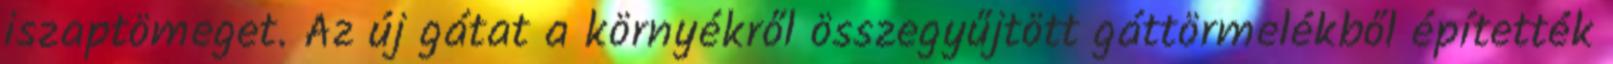
iszaptömeget. Az új gátat a környékről összegyűjtött gáttörmelékből építették